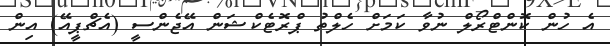
އެ ހުން ކޮންޓްރޯލް ނުވާ ކަމަށް ހެލްތު ޕްރޮޓެކްޝަން އޭޖެންސީ (އެޗްޕީއޭ) އިން